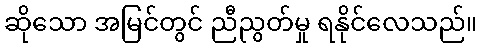
ဆိုသော အမြင်တွင် ညီညွတ်မှု ရနိုင်လေသည်။